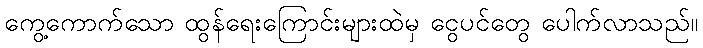
ကွေ့ကောက်သော ထွန်ရေးကြောင်းများထဲမှ ငွေပင်တွေ ပေါက်လာသည်။